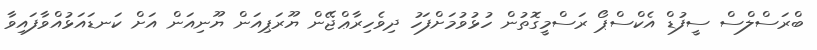
ބްރަސްލްސް ސީފުޑް އެކްސްޕޯ ރަސްމީގޮތުން ހުޅުވުމަށްފަހު ދިވެހިރާޢްޖޭން ޔޫރަޕިއަން ޔޫނިއަން އަށް ކަނޑައަޅުއްވާފައިވާ